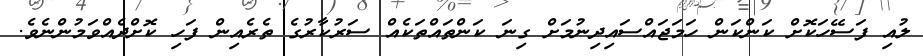
ލުއި ފަސޭހަކޮށް ކަންކަން ހަމަޖައްސައިދިނުމަށް ގިނަ ކަންތައްތަކެއް ސަރުކާރުގެ ތެރެއިން ފަހި ކޮށްދެއްވަމުންނެވެ.